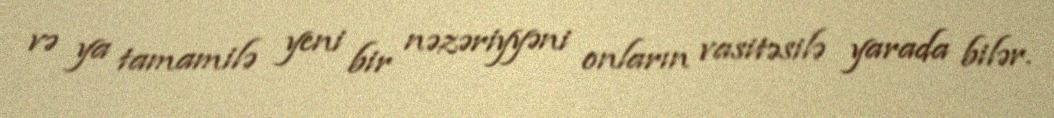
və ya tamamilə yeni bir nəzəriyyəni onların vasitəsilə yarada bilər.